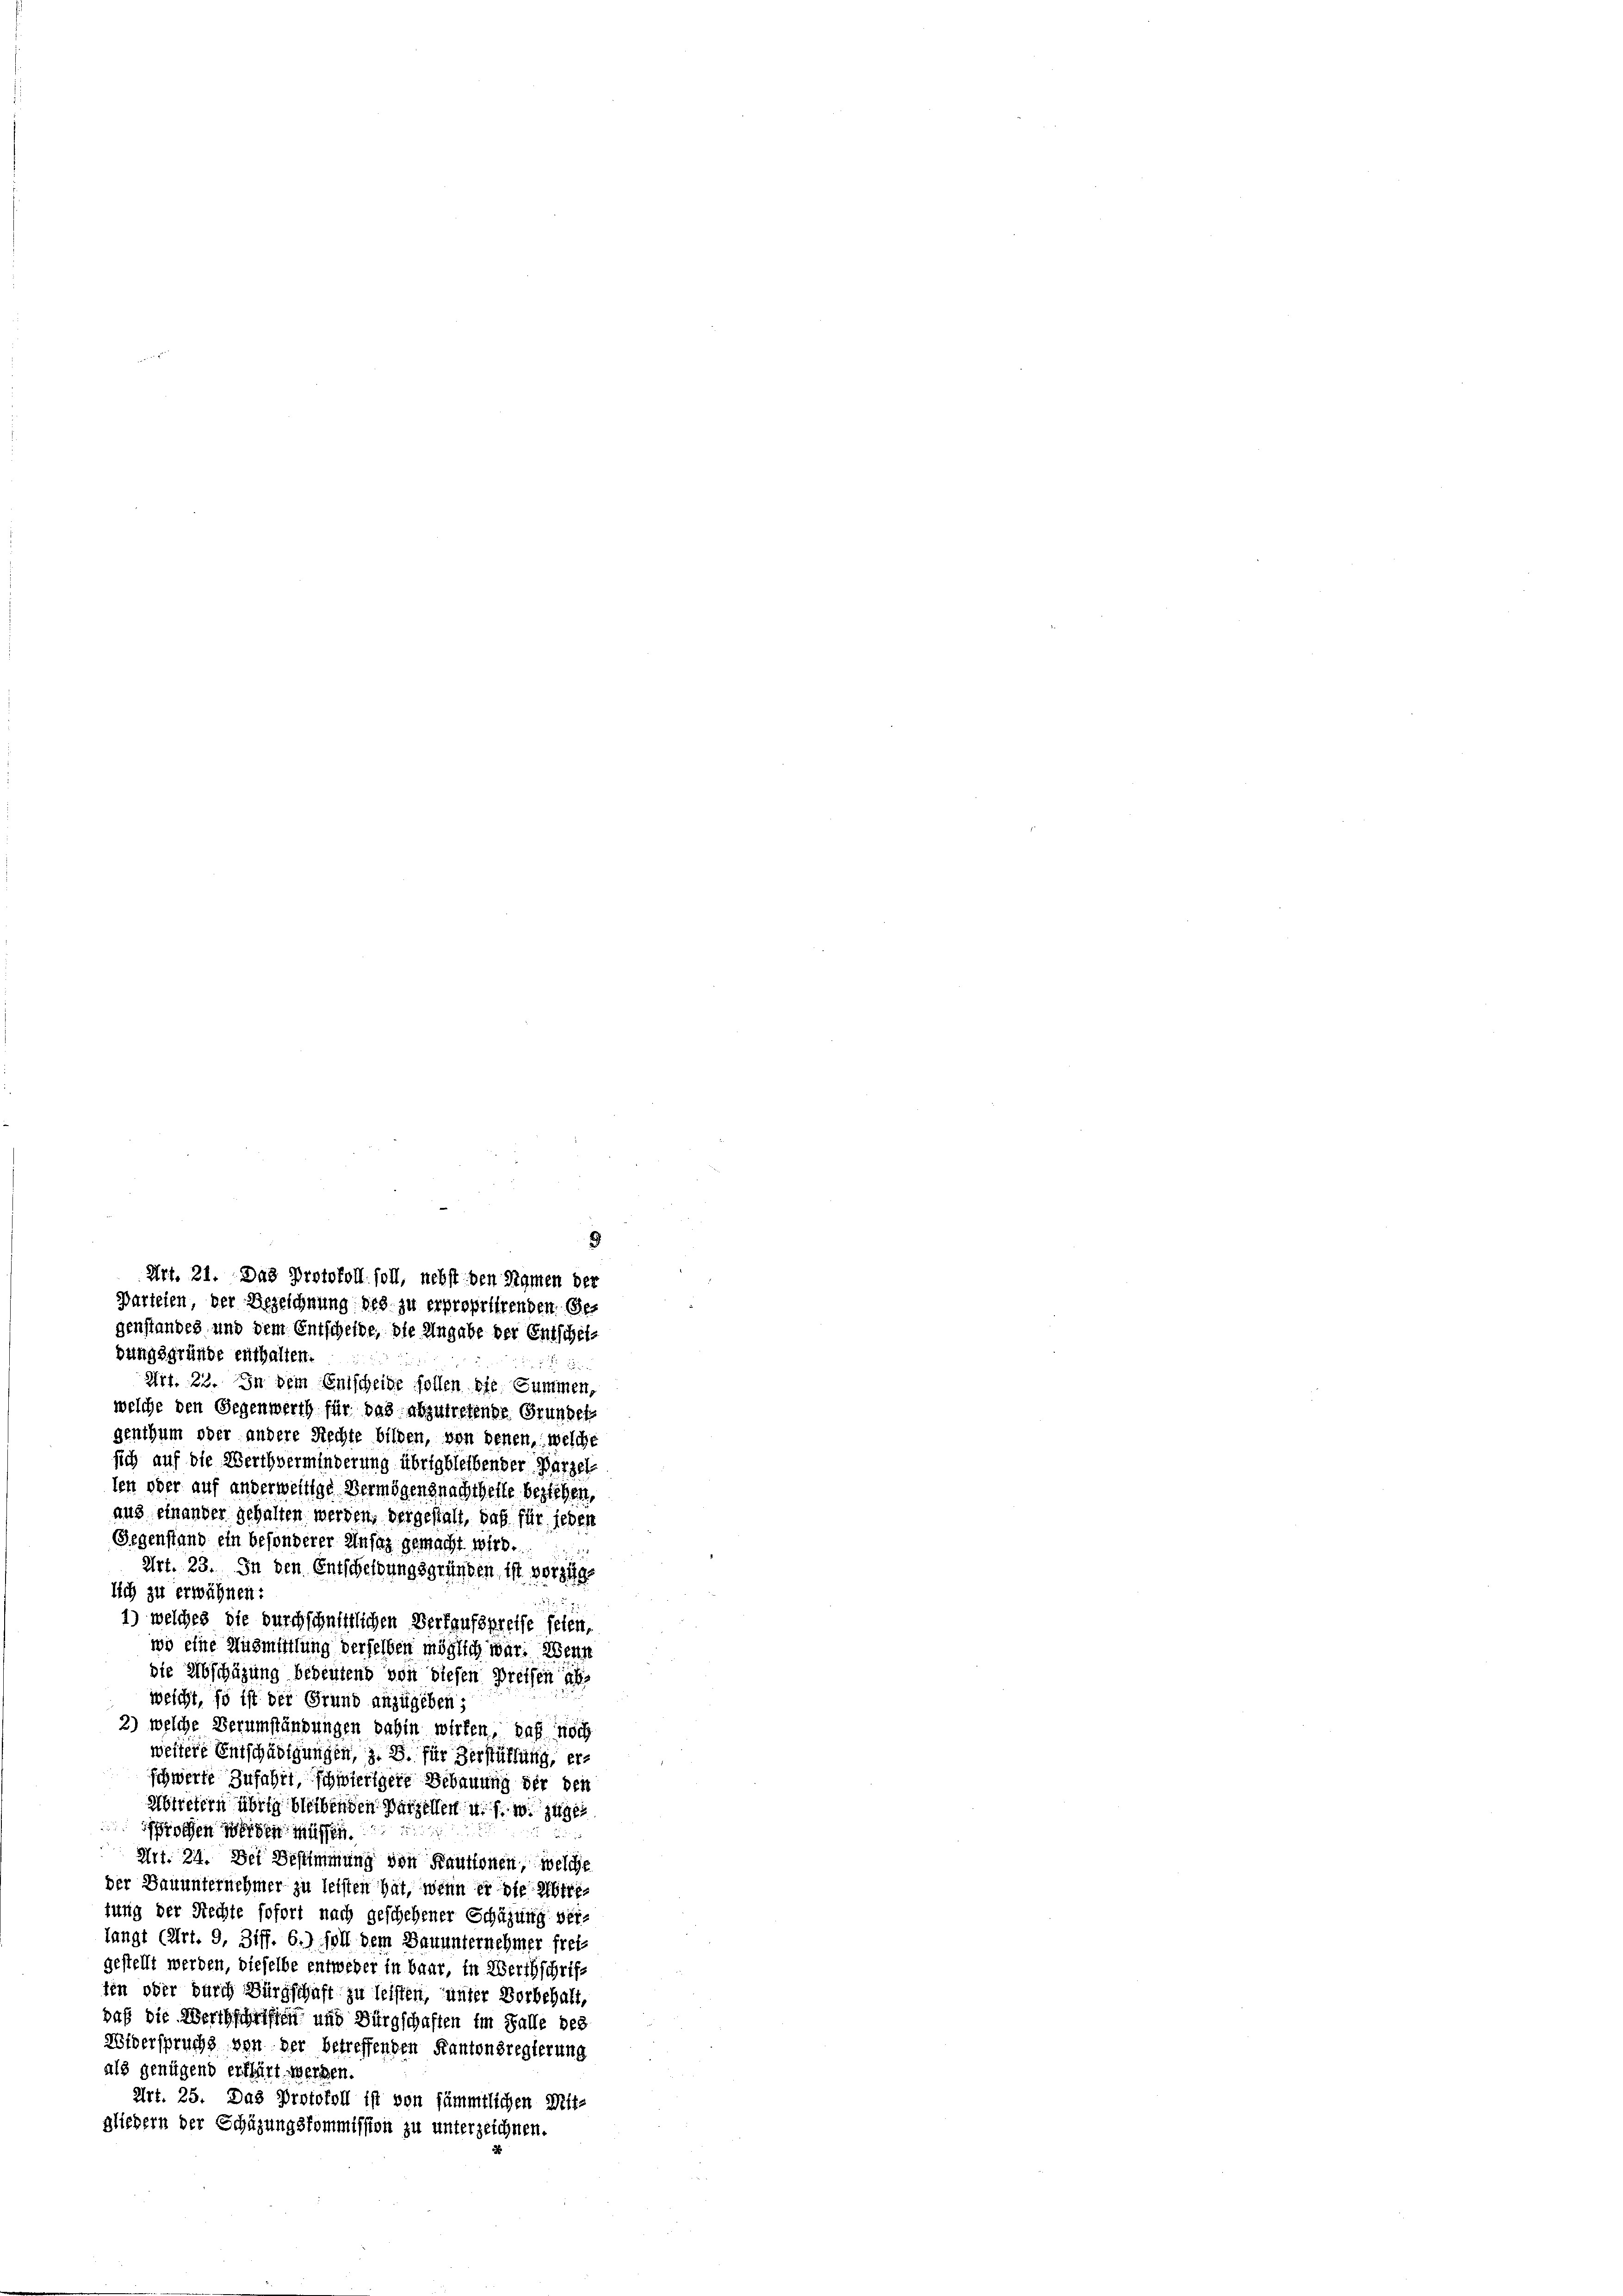
d
Art. 21. Das Protokoll soll, nebst den Samen der
Gurteien, der Bezeichnung des zu erpropriirenden Gegenstandes und dem Entscheide, die Angabe der Entschei-

bungsgründe enthalten.
ten oder auf anderweitige Vermögensnachtheile beziehen,
Gegenstand ein besonderer Unfaz gemacht wird.
lich zu erwähnen:
weicht, so ist der Grund anzugeben;
rochen werden müssen.
Art. 34. Der Bestimmung von Kautionen, welche
tung der Rechte sofort nach geschehener Schäzung ver-
gestellt werden, dieselbe entweder in baar, in Werthschrift
ien oder durch Bürgschaft zu leisten, unter Vorbehalt,
daß die Werthschriften und Bürgschaften im Falle des
Widerspruchs von der betreffenden Kantonsregierung
als genügend erklärt werden.
Art. 25. Das Protokoll ist von sämmtlichen Mit-
gliedern der Schüzungskommission zu unterzeichnen.

Art. 22. In dem Entscheide sollen die Summen,
welche den Gegenwerth für das abzutretende Grundet
genthum oder andere Rechte bilden, von denen, welche
sich auf die Werth verminderung übrig bleibender Bärzel-
aus einander gehalten werden, der gestalt, daß für jeden
Art. 23. In den Entscheidungsgründen, ist vorzuge
1) welches die durchschnittlichen Verkaufspreise seien,
wo eine Ausmittlung derselben möglich war. Wenn
die Abschüzung bedeutend von diesen Preisen ab¬
3) welche Verumständungen dahin wirken, daß noch
weitere Entschädigungen, z. B. für Verstützung, erschwerte Zufahrt, schwierigere Bebauung der den
Abtretern übrig bleibenden Parzellen u. s. w. zuges
n
der Bauunternehmer zu leisten hat, wenn er die Abtrelangt (Art. 9, Ziff. 6.) soll dem Dauunternehmer frei-